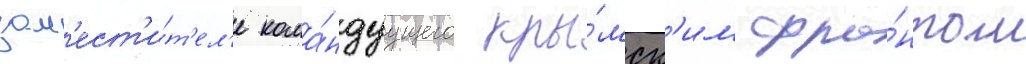
зам'ест'и́т'ел'е кома́ндуущего кры́мск'им фро́нтом